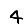
Digit: 4